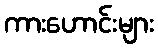
ကားဟောင်းများ